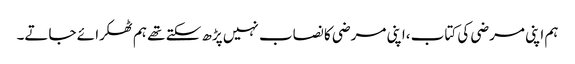
ہم اپنی مرضی کی کتاب ،اپنی مرضی کا نصاب نہیں پڑھ سکتے تھے ہم ٹھکرا ئے جاتے۔